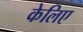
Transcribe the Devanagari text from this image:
केलिए